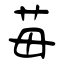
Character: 苺